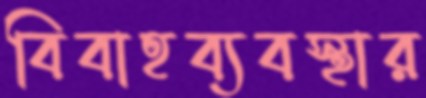
বিবাহব্যবস্থার